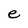
Character: e